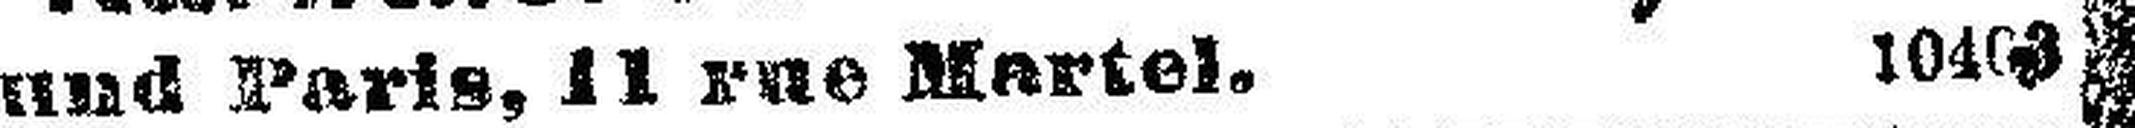
und Paris, 11 rue Martel. 10403